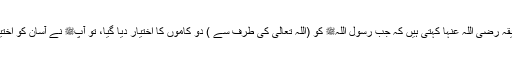
1546: اُمّ المؤمنین عائشہ صدیقہ رضی اللہ عنہا کہتی ہیں کہ جب رسول اللہﷺ کو (اللہ تعالیٰ کی طرف سے ) دو کاموں کا اختیار دیا گیا، تو آپﷺ نے آسان کو اختیار کیا، بشرطیکہ وہ گناہ نہ ہو۔